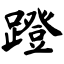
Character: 蹬